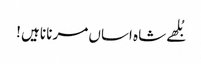
بُلھے شاہ اساں مرنا ناہیں !